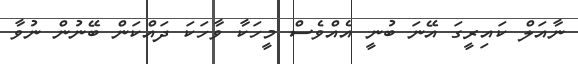
ނާއަލް ކައިރީގަ އޭނަ ބުނީ އެއްވެސް މީހަކާ ވާހަކަ ދައްކަން ބޭނުން ނުވާ